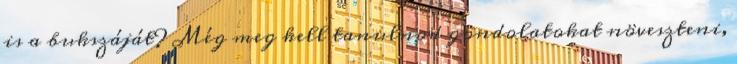
is a bukszáját? Még meg kell tanulnod gondolatokat növeszteni,